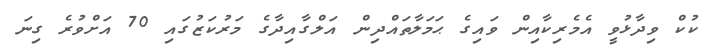
ކުކް ވިދާޅުވީ އެމެރިކާއިން ވައިގެ ޙަމަލާތައްދިން އަލްގާއިދާގެ މަރުކަޒުގައި 70 އަށްވުރެ ގިނަ